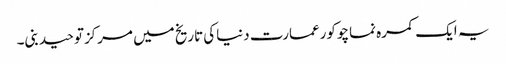
یہ ایک کمرہ نماچوکورعمارت دنیاکی تاریخ میں مرکزتوحیدبنی۔